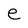
Character: e